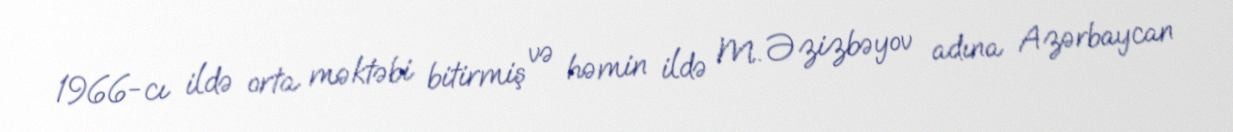
1966-cı ildə orta məktəbi bitirmiş və həmin ildə M. Əzizbəyov adına Azərbaycan